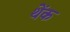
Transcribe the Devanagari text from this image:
थेंक